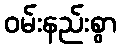
ဝမ်းနည်းစွာ